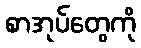
စာအုပ်တွေကို